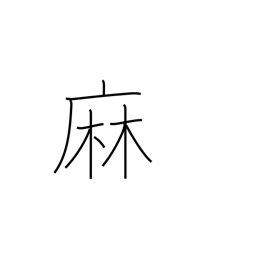
Meaning: hemp